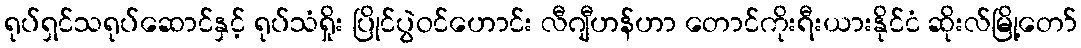
ရုပ်ရှင်သရုပ်ဆောင်နှင့် ရုပ်သံရှိုး ပြိုင်ပွဲဝင်ဟောင်း လီဂျီဟန်ဟာ တောင်ကိုးရီးယားနိုင်ငံ ဆိုးလ်မြို့တော်